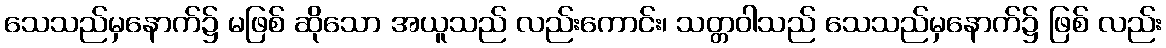
သေသည်မှနောက်၌ မဖြစ် ဆိုသော အယူသည် လည်းကောင်း၊ သတ္တဝါသည် သေသည်မှနောက်၌ ဖြစ် လည်း